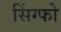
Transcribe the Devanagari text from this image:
सिंग्फो